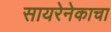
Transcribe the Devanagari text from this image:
सायरेनेकाचा